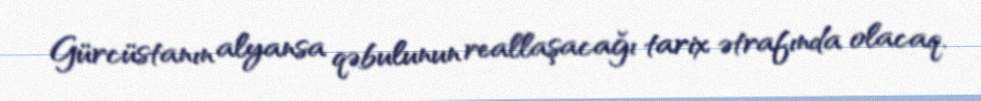
Gürcüstanın alyansa qəbulunun reallaşacağı tarix ətrafında olacaq.